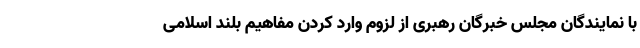
با نمایندگان مجلس خبرگان رهبری از لزوم وارد کردن مفاهیم بلند اسلامی